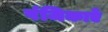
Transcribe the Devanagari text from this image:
पंजिकाएँ